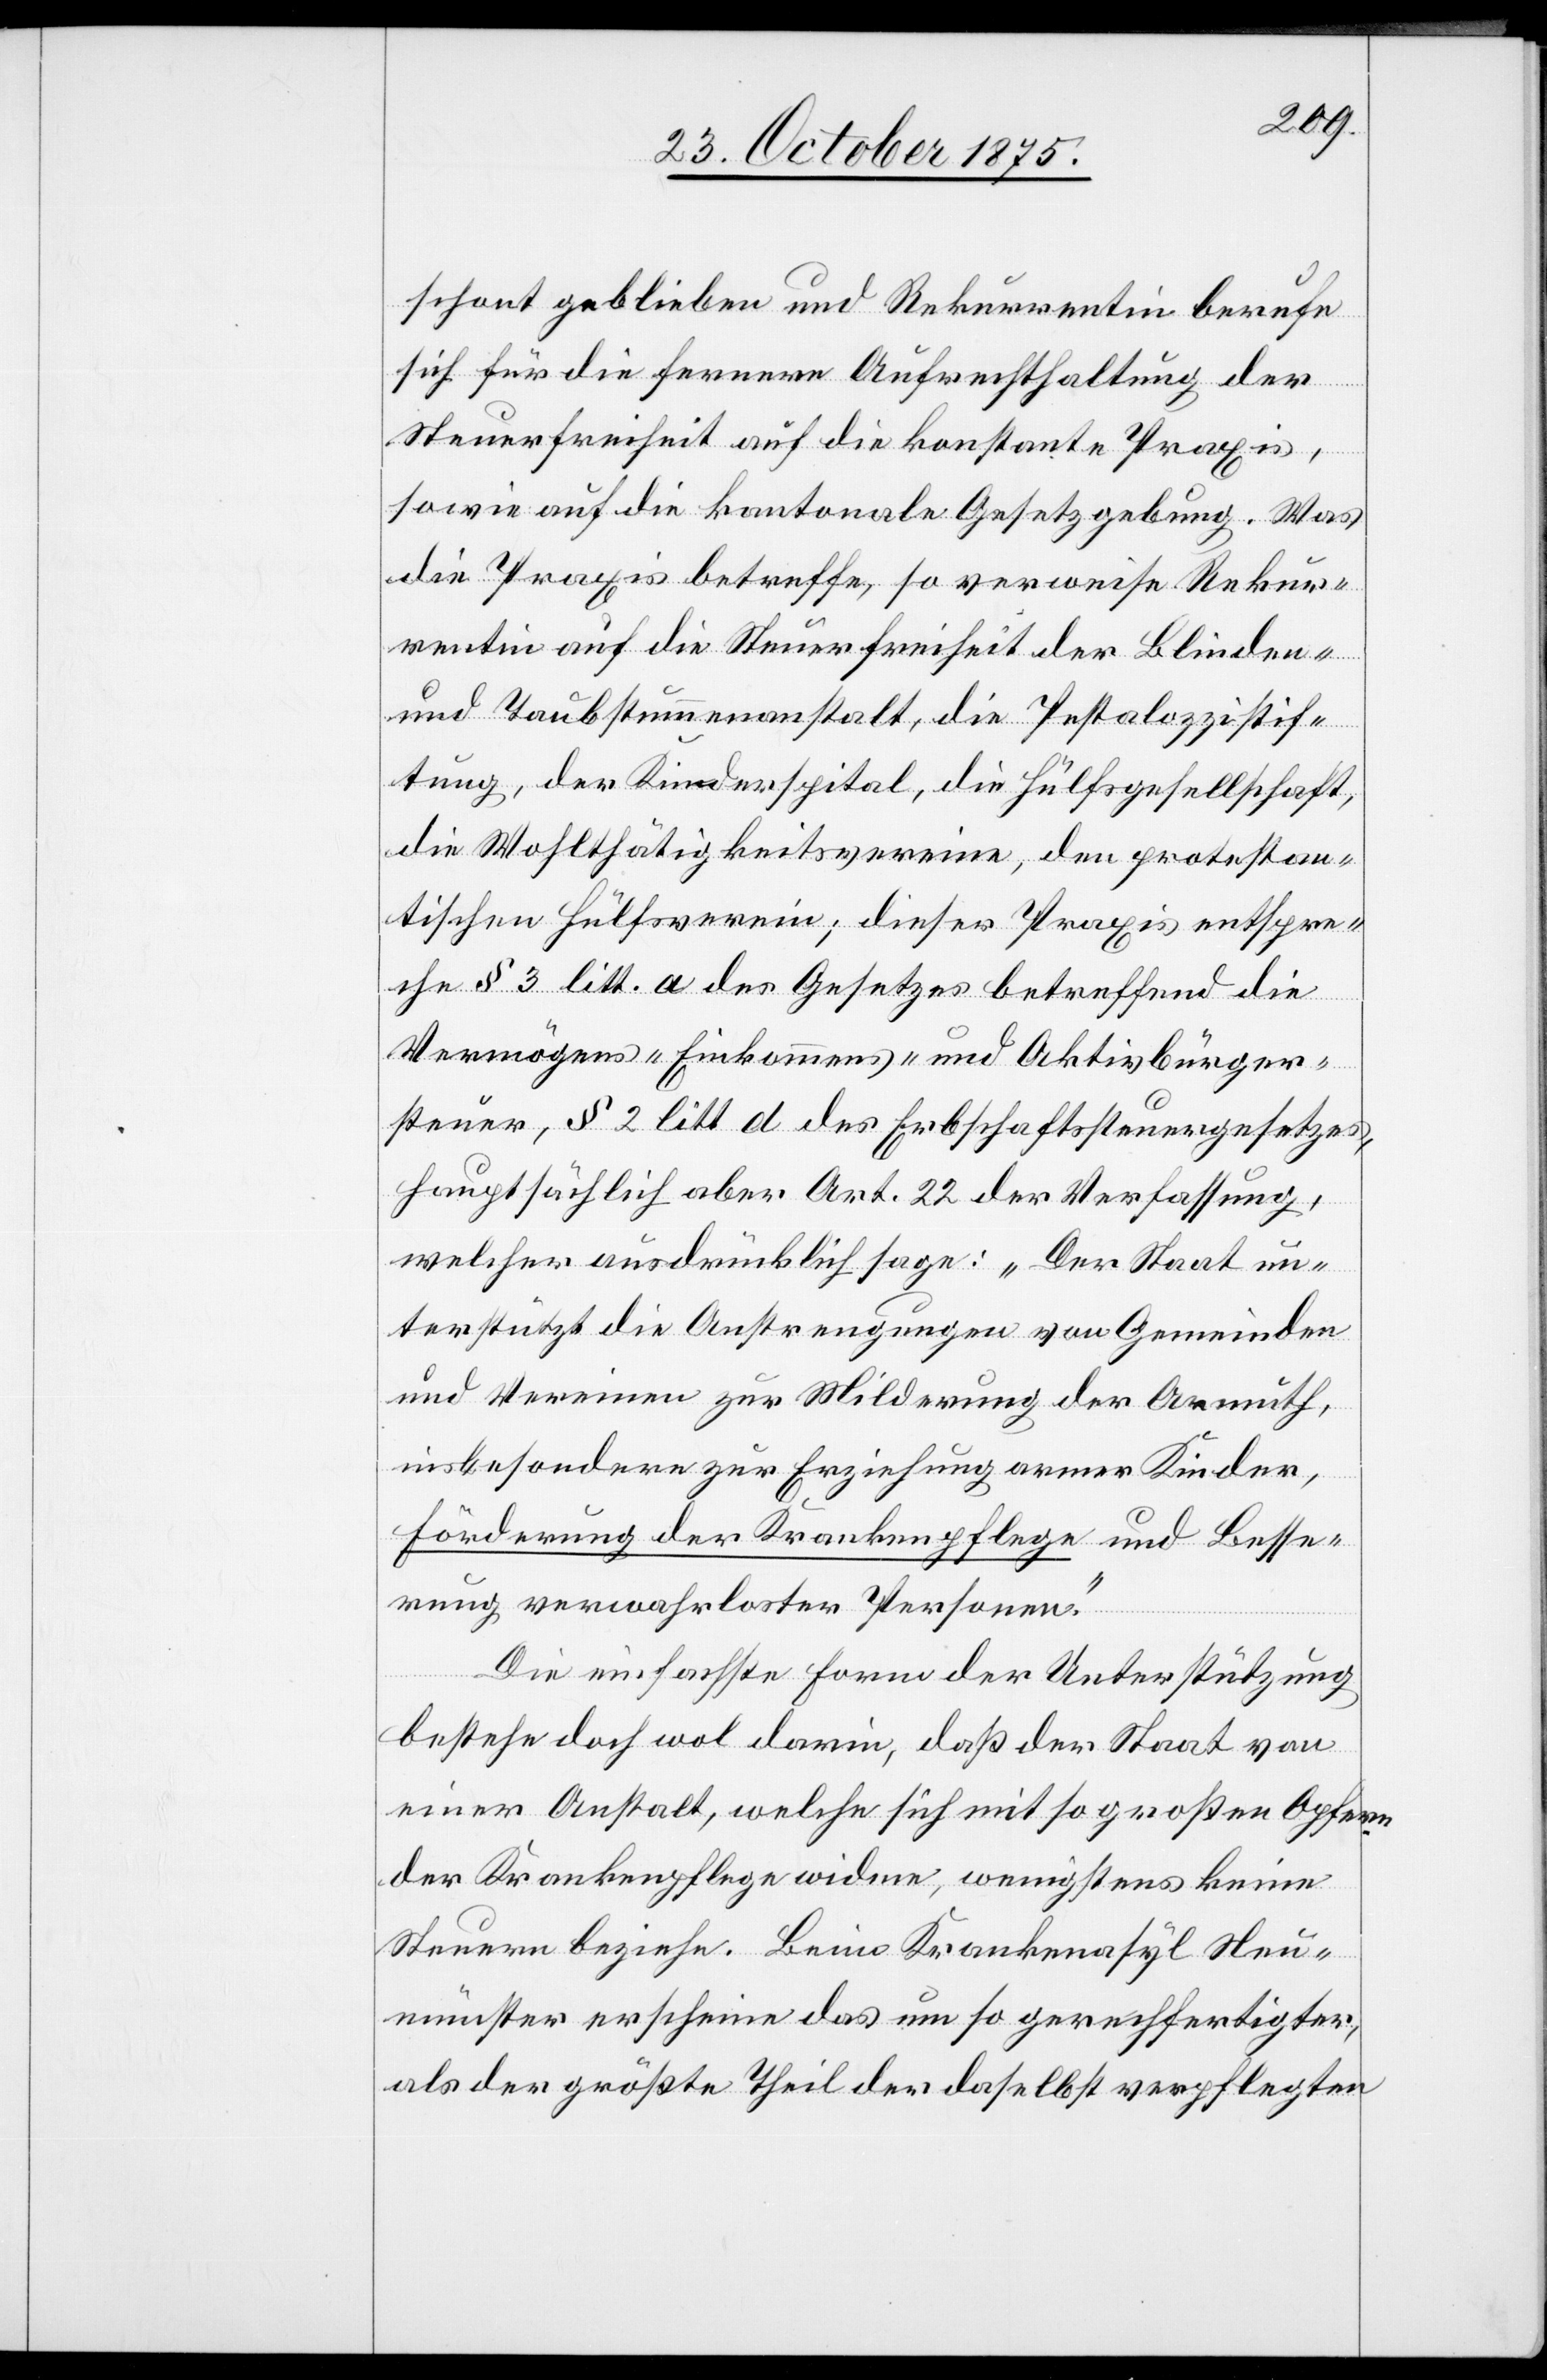
schont geblieben und Rekurrentin berufe
sich für die fernere Aufrechthaltung der
Steuerfreiheit auf die konstante Praxis,
sowie auf die kantonale Gesetzgebung. Was
die Praxis betreffe, so verweise Rekur¬
rentin auf die Steuerfreiheit der Blinden-
und Taubstummenanstalt, die Pestalozzistif¬
tung, der Kinderspital, die Hülfsgesellschaft,
die Wohlthätigkeitsvereine, den protestan¬
tischen Hülfsverein; dieser Praxis entspre¬
che § 3 litt. a des Gesetzes betreffend die
Vermögens- Einkommens- und Aktivbürger¬
steuer, § 2 litt d des Erbschaftssteuergesetzes,
hauptsächlich aber Art. 22 der Verfassung,
welcher ausdrücklich sage: „Der Staat un¬
terstützt die Anstrengungen von Gemeinden
und Vereinen zur Milderung der Armuth,
insbesondere zur Erziehung armer Kinder,
Förderung der Krankenpflege und Besse¬
rung verwahrloster Personen.“
Die einfachste Form der Unterstützung
bestehe doch wol darin, daß der Staat von
einer Anstalt, welche sich mit so großen Opfern
der Krankenpflege widme, wenigstens keine
Steuern beziehe. Beim Krankenasyl Neu¬
münster erscheine das um so gerechtfertigter,
als der größte Theil der daselbst verpflegten